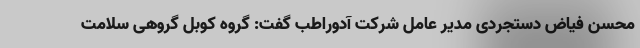
محسن فیاض دستجردی مدیر عامل شرکت آدوراطب گفت: گروه کوبل گروهی سلامت